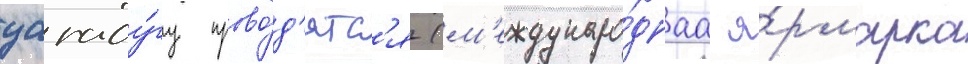
уагаду́гу прово́д'ятс'я (м'еждунаро́днаа я́рмарка